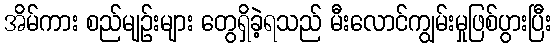
အိမ်ကား စည်မျဉ်းများ တွေရှိခဲ့ရသည် မီးလောင်ကျွမ်းမှုဖြစ်ပွားပြီး